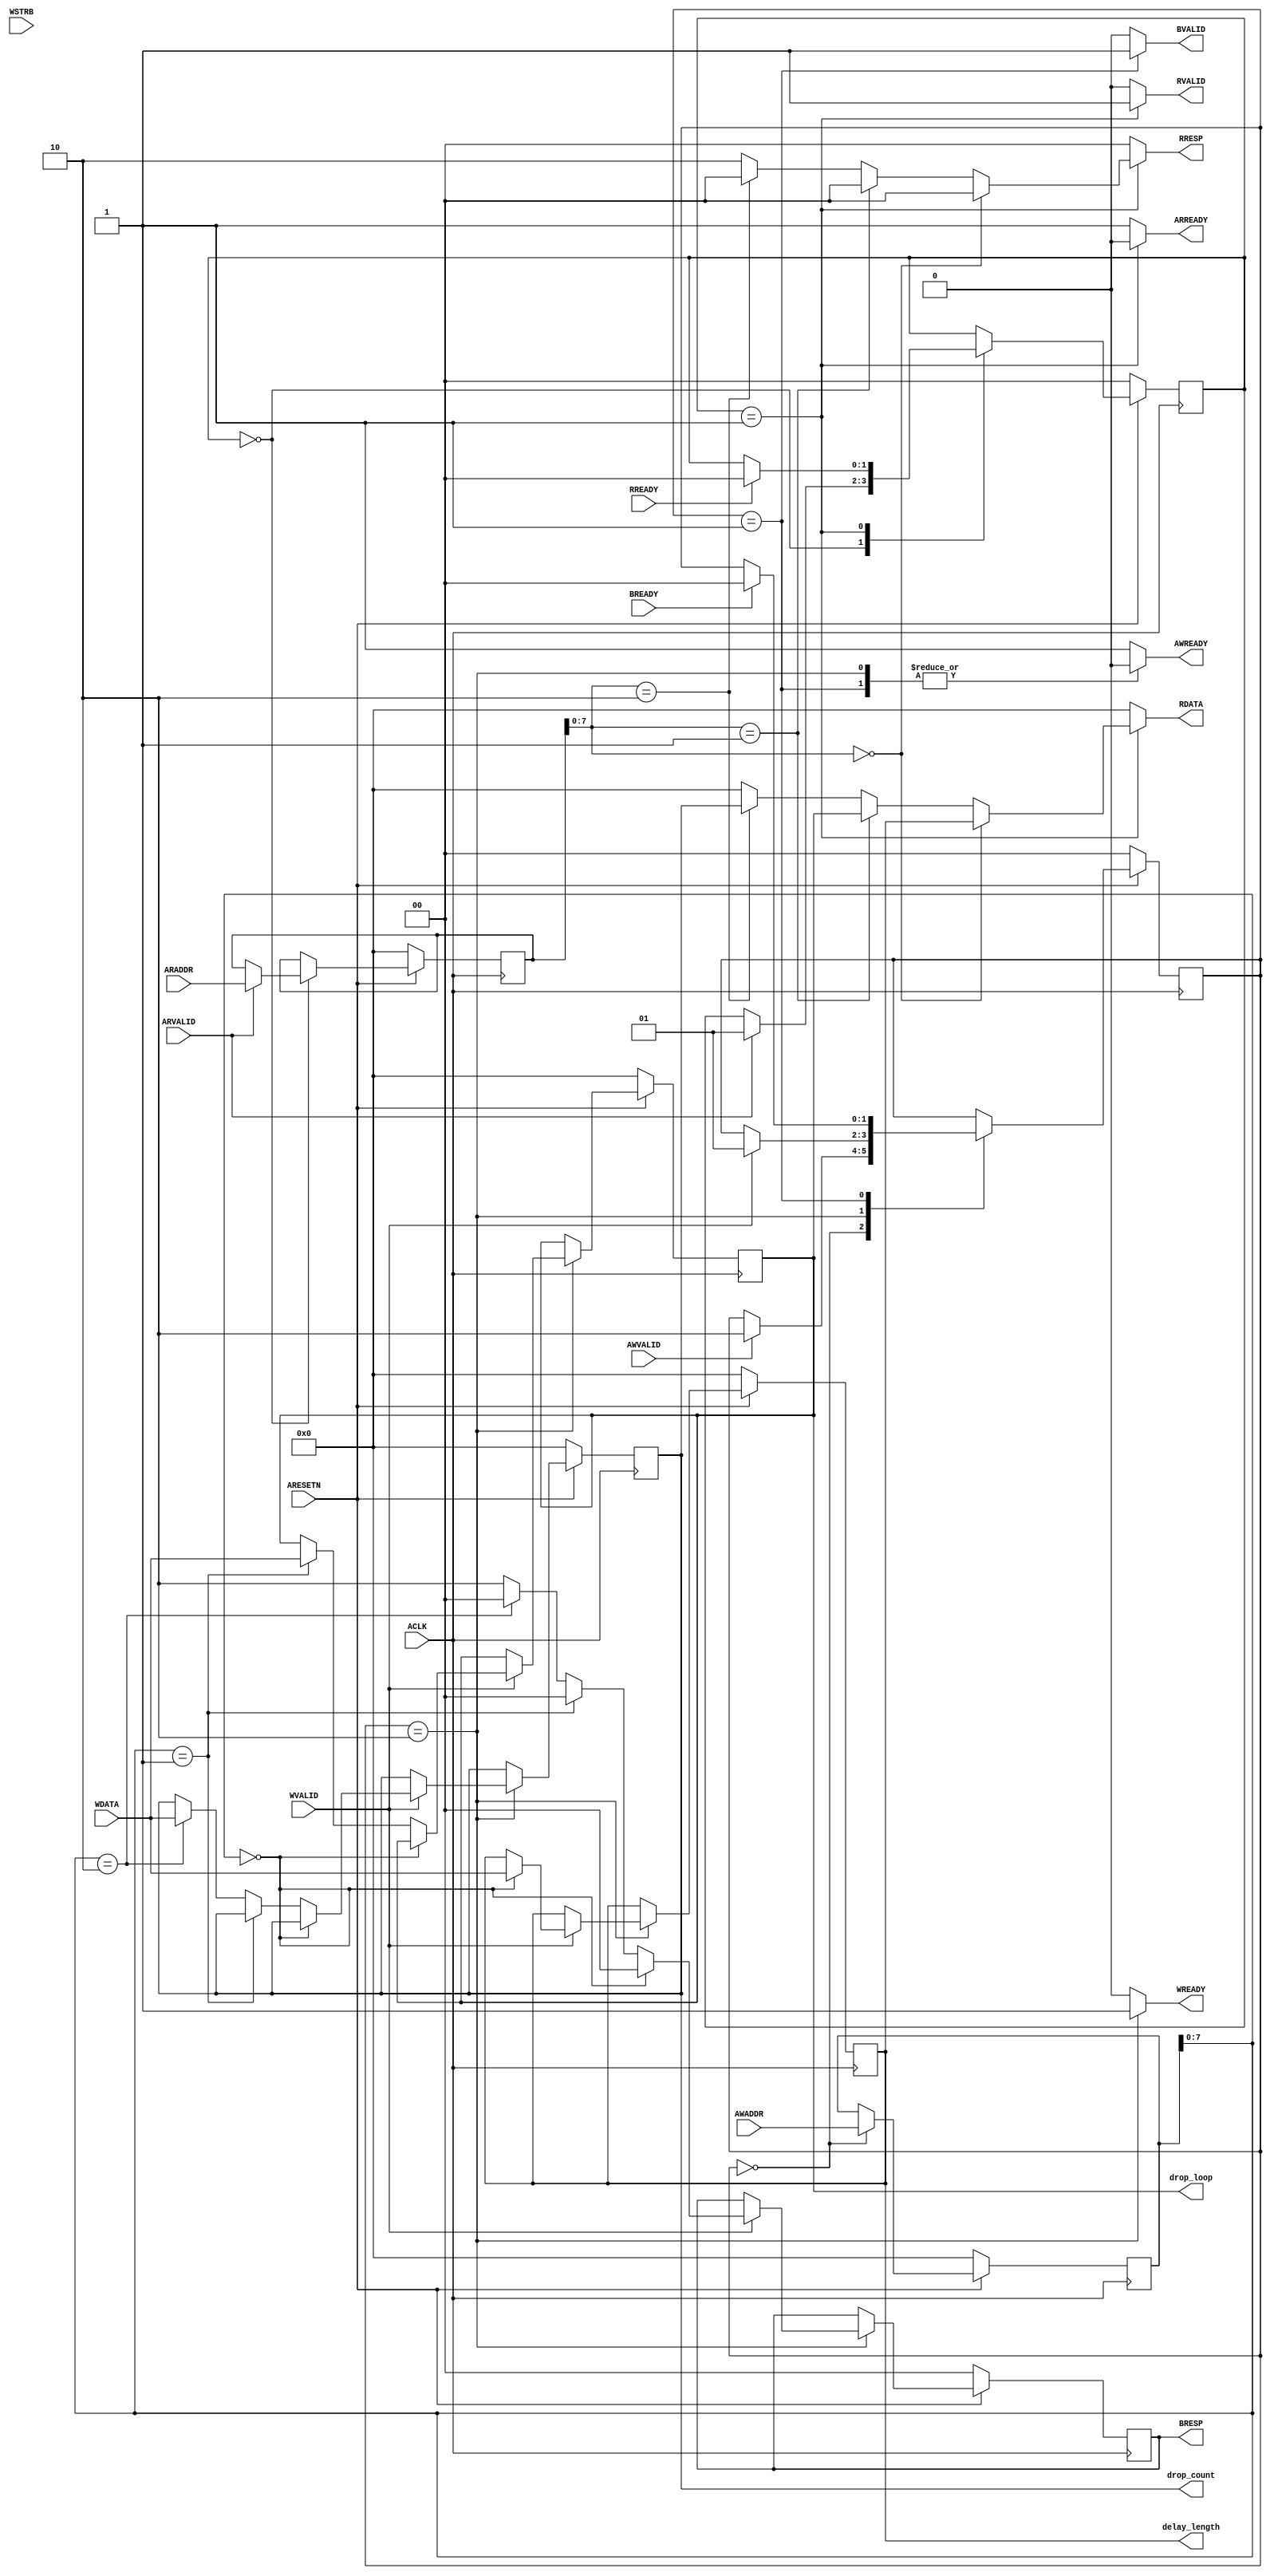
module delay_regs
  #(
    // Master AXI Lite Data Width
    parameter DATA_WIDTH=32,
    parameter ADDR_WIDTH=32
    )
   (
    output reg [31:0] delay_length,
    output reg [31:0] drop_loop,
    output reg [31:0] drop_count,

    input                        ACLK,
    input                        ARESETN,
    
    input [ADDR_WIDTH-1: 0]      AWADDR,
    input                        AWVALID,
    output reg                   AWREADY,
    
    input [DATA_WIDTH-1: 0]      WDATA,
    input [DATA_WIDTH/8-1: 0]    WSTRB,
    input                        WVALID,
    output reg                   WREADY,
    
    output reg [1:0]             BRESP,
    output reg                   BVALID,
    input                        BREADY,
    
    input [ADDR_WIDTH-1: 0]      ARADDR,
    input                        ARVALID,
    output reg                   ARREADY,
    
    output reg [DATA_WIDTH-1: 0] RDATA, 
    output reg [1:0]             RRESP,
    output reg                   RVALID,
    input                        RREADY
    );

   localparam AXI_RESP_OK = 2'b00;
   localparam AXI_RESP_SLVERR = 2'b10;
   
   localparam WRITE_IDLE = 0;
   localparam WRITE_RESPONSE = 1;
   localparam WRITE_DATA = 2;

   localparam READ_IDLE = 0;
   localparam READ_RESPONSE = 1;

   localparam DELAY_LENGTH = 8'h00;
   localparam DROP_LOOP = 8'h01;
   localparam DROP_COUNT = 8'h02;


   reg [1:0]                     write_state, write_state_next;
   reg [1:0]                     read_state, read_state_next;
   reg [ADDR_WIDTH-1:0]          read_addr, read_addr_next;
   reg [ADDR_WIDTH-1:0]          write_addr, write_addr_next;
   reg [1:0]                     BRESP_next;

   reg [31:0]                    delay_length_next;
   reg [31:0]                    drop_loop_next;
   reg [31:0]                    drop_count_next;
   
   always @(*) begin
      read_state_next = read_state;   
      ARREADY = 1'b1;
      read_addr_next = read_addr;
      RDATA = 0; 
      RRESP = AXI_RESP_OK;
      RVALID = 1'b0;
      
      case(read_state)
        READ_IDLE: begin
           if(ARVALID) begin
              read_addr_next = ARADDR;
              read_state_next = READ_RESPONSE;
           end
        end        
        
        READ_RESPONSE: begin
           RVALID = 1'b1;
           ARREADY = 1'b0;

           if(read_addr[7:0] == DELAY_LENGTH) begin
              RDATA = delay_length;
           end

           else if (read_addr[7:0] == DROP_LOOP) begin
              RDATA = drop_loop;
           end

           else if (read_addr[7:0] == DROP_COUNT) begin
              RDATA = drop_count;
           end

           else begin
              RRESP = AXI_RESP_SLVERR;
           end

           if(RREADY) begin
              read_state_next = READ_IDLE;
           end
        end
      endcase
   end
   
   always @(*) begin
      write_state_next = write_state;
      write_addr_next = write_addr;

      AWREADY = 1'b1;
      WREADY = 1'b0;
      BVALID = 1'b0;  
      BRESP_next = BRESP;

      delay_length_next = delay_length;
      drop_loop_next = drop_loop;
      drop_count_next = drop_count;

      case(write_state)
        WRITE_IDLE: begin
           write_addr_next = AWADDR;
           if(AWVALID) begin
              write_state_next = WRITE_DATA;
           end
        end
        WRITE_DATA: begin
           AWREADY = 1'b0;
           WREADY = 1'b1;
           if(WVALID) begin
              if(write_addr[7:0] == DELAY_LENGTH) begin
                 delay_length_next = WDATA;
                 BRESP_next = AXI_RESP_OK;
              end

              else if (write_addr[7:0] == DROP_LOOP) begin
                 drop_loop_next = WDATA;
                 BRESP_next = AXI_RESP_OK;
              end

              else if (write_addr[7:0] == DROP_COUNT) begin
                 drop_count_next = WDATA;
                 BRESP_next = AXI_RESP_OK;
              end

              else begin
                 BRESP_next = AXI_RESP_SLVERR;
              end
              write_state_next = WRITE_RESPONSE;
           end
        end
        WRITE_RESPONSE: begin
           AWREADY = 1'b0;
           BVALID = 1'b1;
           if(BREADY) begin                    
              write_state_next = WRITE_IDLE;
           end
        end
      endcase
   end

   always @(posedge ACLK) begin
      if(~ARESETN) begin
         write_state <= WRITE_IDLE;
         read_state <= READ_IDLE;
         read_addr <= 0;
         write_addr <= 0;
         BRESP <= AXI_RESP_OK;

         delay_length <= 0;
         drop_loop <= 0;
         drop_count <= 0;
      end
      else begin
         write_state <= write_state_next;
         read_state <= read_state_next;
         read_addr <= read_addr_next;
         write_addr <= write_addr_next;
         BRESP <= BRESP_next;

         delay_length <= delay_length_next;
         drop_loop <= drop_loop_next;
         drop_count <= drop_count_next;

      end
   end

endmodule